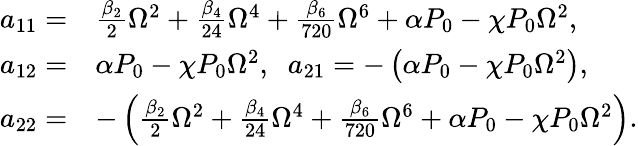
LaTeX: \begin{array}{rl}{a_{11}=}&{\frac{\beta_{2}}{2}\Omega^{2}+\frac{\beta_{4}}{24}\Omega^{4}+\frac{\beta_{6}}{720}\Omega^{6}+\alpha P_{0}-\chi P_{0}\Omega^{2},}\\ {a_{12}=}&{\alpha P_{0}-\chi P_{0}\Omega^{2},\; \; a_{21}=-\left(\alpha P_{0}-\chi P_{0}\Omega^{2}\right),}\\ {a_{22}=}&{-\left(\frac{\beta_{2}}{2}\Omega^{2}+\frac{\beta_{4}}{24}\Omega^{4}+\frac{\beta_{6}}{720}\Omega^{6}+\alpha P_{0}-\chi P_{0}\Omega^{2}\right).}\end{array}